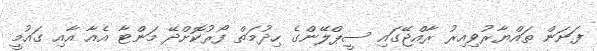
ފަށަން ތައްޔާރުވިއިރު ރާއްޖޭގައި ސީޕްލޭންގެ ހިދުމަތް ފޯރުކޮށްދޭ މަންޓާ އެއާ އާއި ގައުމީ